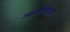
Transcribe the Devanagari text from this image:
आत्मसिंधूवर